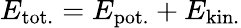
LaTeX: E_{\mathrm{tot.}}=E_{\mathrm{pot.}}+E_{\mathrm{kin.}}